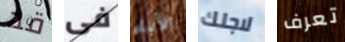
قد فى الأباء لاجلك تعرف